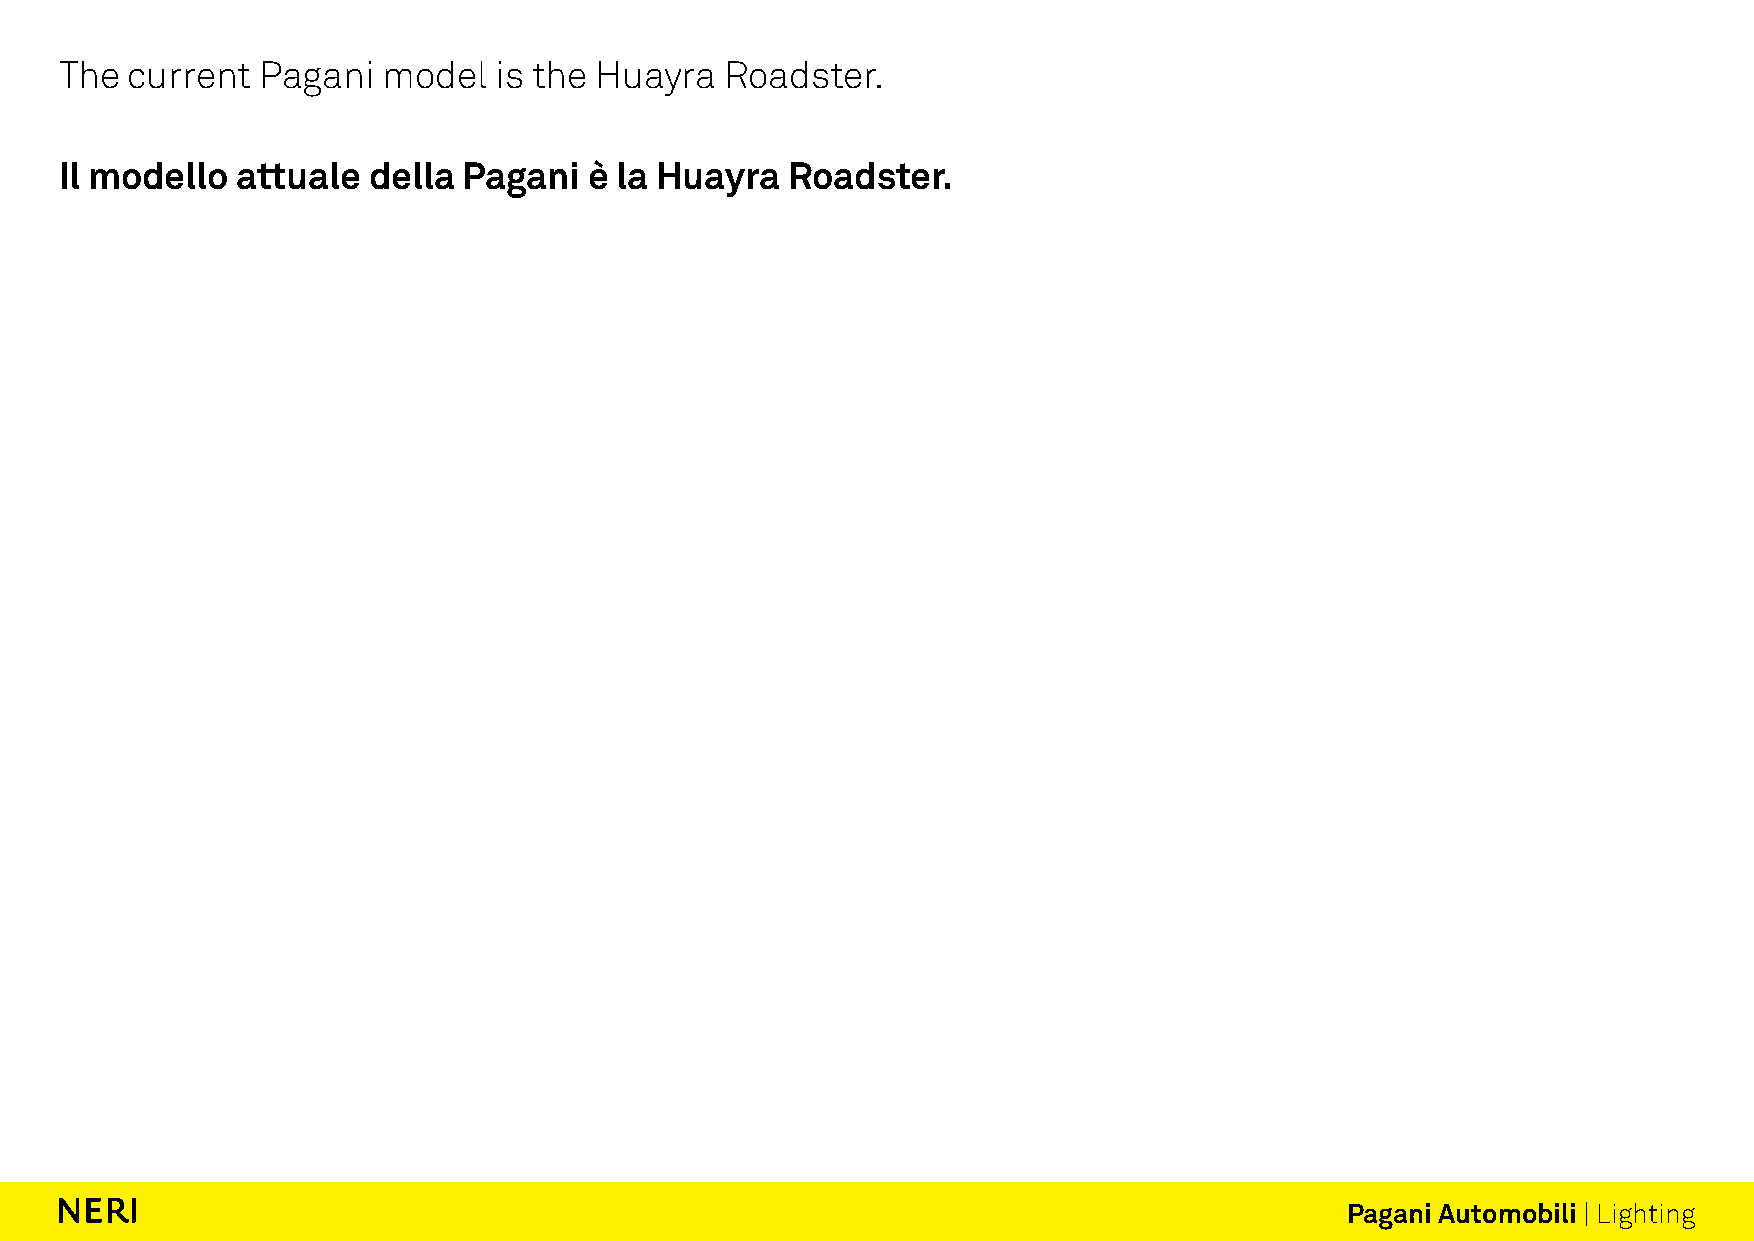
The  current Pagani  model   is the Huayra  Roadster.
 Il modello  attuale della  Pagani  è la Huayra  Roadster.
 Pagani Automobili | Lighting